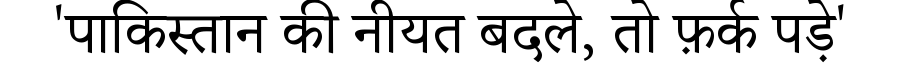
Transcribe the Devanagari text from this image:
'पाकिस्तान की नीयत बदले, तो फ़र्क पड़े'